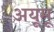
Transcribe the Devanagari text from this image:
अयूमू